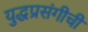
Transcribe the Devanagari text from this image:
युद्धप्रसंगीची